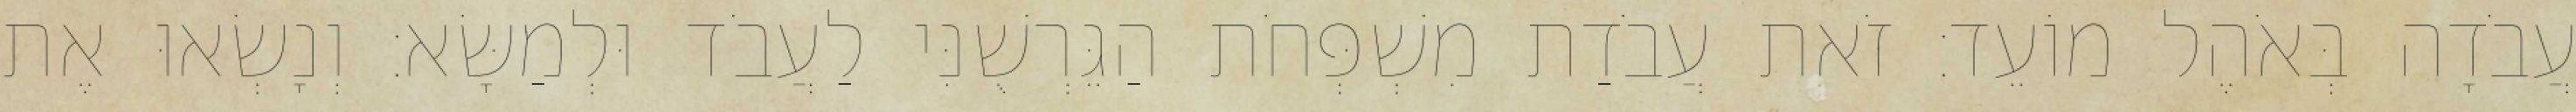
עֲבֹדָה בְּאֹהֶל מוֹעֵד׃ זֹאת עֲבֹדַת מִשְׁפְּחֹת הַגֵּרְשֻׁנִּי לַעֲבֹד וּלְמַשָּׂא׃ וְנָשְׂאוּ אֶת